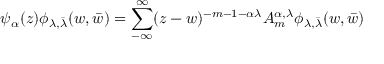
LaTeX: \psi _ { \alpha } ( z ) \phi _ { \lambda , \bar { \lambda } } ( w , \bar { w } ) = \sum _ { - \infty } ^ { \infty } ( z - w ) ^ { - m - 1 - \alpha \lambda } A _ { m } ^ { \alpha , \lambda } \phi _ { \lambda , \bar { \lambda } } ( w , \bar { w } )